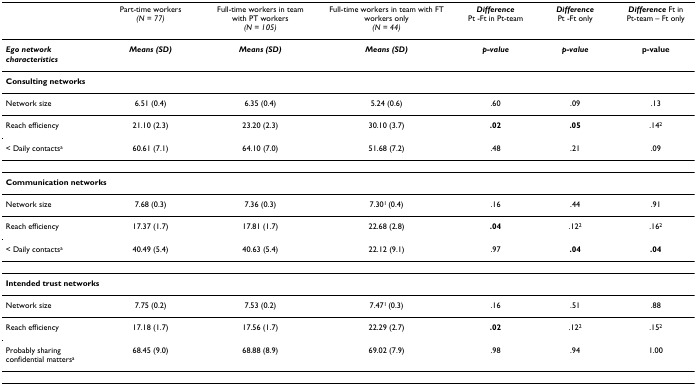
<table><thead><tr><td></td><td><b>Part-time workers <i>(N = 77)</i></b></td><td><b>Full-time workers in team with PT workers <i>(N = 105)</i></b></td><td><b>Full-time workers in team with FT workers only <i>(N = 44)</i></b></td><td><b><i>Difference </i>Pt -Ft in Pt-team</b></td><td><b><i>Difference </i>Pt -Ft only</b></td><td><b><i>Difference </i>Ft in Pt-team – Ft only</b></td></tr></thead><tbody><tr><td><b><i>Ego network characteristics</i></b></td><td><b><i>Means (SD)</i></b></td><td><b><i>Means (SD)</i></b></td><td><b><i>Means (SD)</i></b></td><td><b><i>p-value</i></b></td><td><b><i>p-value</i></b></td><td><b>p-value</b></td></tr><tr><td colspan="7"><b>Consulting networks</b></td></tr><tr><td>Network size</td><td>6.51 (0.4)</td><td>6.35 (0.4)</td><td>5.24 (0.6)</td><td>.60</td><td>.09</td><td>.13</td></tr><tr><td>Reach efficiency</td><td>21.10 (2.3)</td><td>23.20 (2.3)</td><td>30.10 (3.7)</td><td><b>.02</b></td><td><b>.05</b></td><td>.14<sup>2</sup></td></tr><tr><td>&lt; Daily contacts<sup>a</sup></td><td>60.61 (7.1)</td><td>64.10 (7.0)</td><td>51.68 (7.2)</td><td>.48</td><td>.21</td><td>.09</td></tr><tr><td colspan="7"><b>Communication networks</b></td></tr><tr><td>Network size</td><td>7.68 (0.3)</td><td>7.36 (0.3)</td><td>7.30<sup>1 </sup>(0.4)</td><td>.16</td><td>.44</td><td>.91</td></tr><tr><td>Reach efficiency</td><td>17.37 (1.7)</td><td>17.81 (1.7)</td><td>22.68 (2.8)</td><td><b>.04</b></td><td>.12<sup>2</sup></td><td>.16<sup>2</sup></td></tr><tr><td>&lt; Daily contacts<sup>a</sup></td><td>40.49 (5.4)</td><td>40.63 (5.4)</td><td>22.12 (9.1)</td><td>.97</td><td><b>.04</b></td><td><b>.04</b></td></tr><tr><td colspan="7"><b>Intended trust networks</b></td></tr><tr><td>Network size</td><td>7.75 (0.2)</td><td>7.53 (0.2)</td><td>7.47<sup>1 </sup>(0.3)</td><td>.16</td><td>.51</td><td>.88</td></tr><tr><td>Reach efficiency</td><td>17.18 (1.7)</td><td>17.56 (1.7)</td><td>22.29 (2.7)</td><td><b>.02</b></td><td>.12<sup>2</sup></td><td>.15<sup>2</sup></td></tr><tr><td>Probably sharing confidential matters<sup>a</sup></td><td>68.45 (9.0)</td><td>68.88 (8.9)</td><td>69.02 (7.9)</td><td>.98</td><td>.94</td><td>1.00</td></tr></tbody></table>